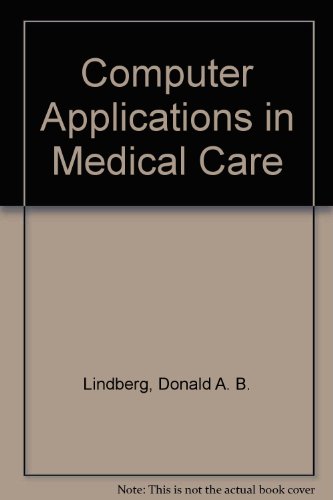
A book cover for Computer Applications in Medical Care; Donald A. B. Lindberg; Medical Books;